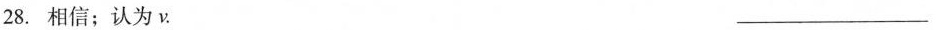
28.相信；认为ν. ___